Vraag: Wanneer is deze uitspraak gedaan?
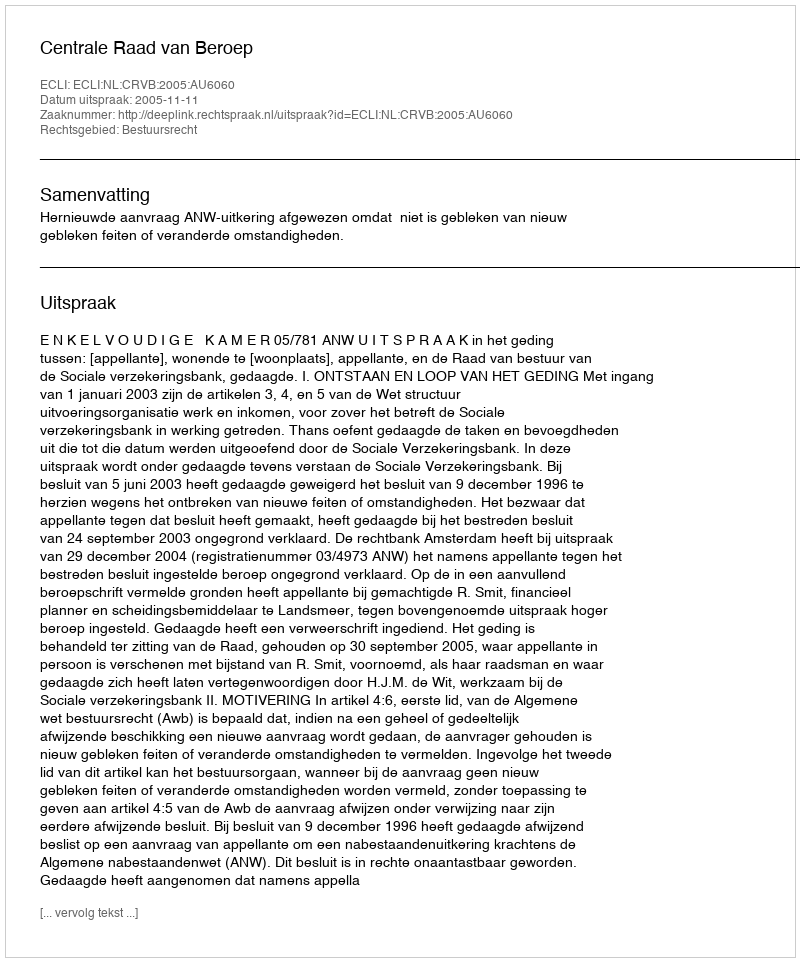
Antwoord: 2005-11-11